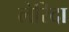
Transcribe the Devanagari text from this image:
लेरिदा